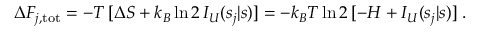
\Delta F _ { j , \mathrm { t o t } } = - T \, [ \Delta S + k _ { B } \ln 2 \, I _ { U } ( s _ { j } | s ) ] = - k _ { B } T \ln 2 \, [ - H + I _ { U } ( s _ { j } | s ) ] \; .